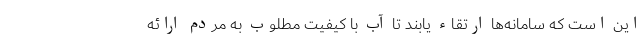
این است که سامانه‌ها ارتقاء یابند تا آب با کیفیت مطلوب به مردم ارائه